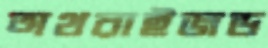
অথরাইজড